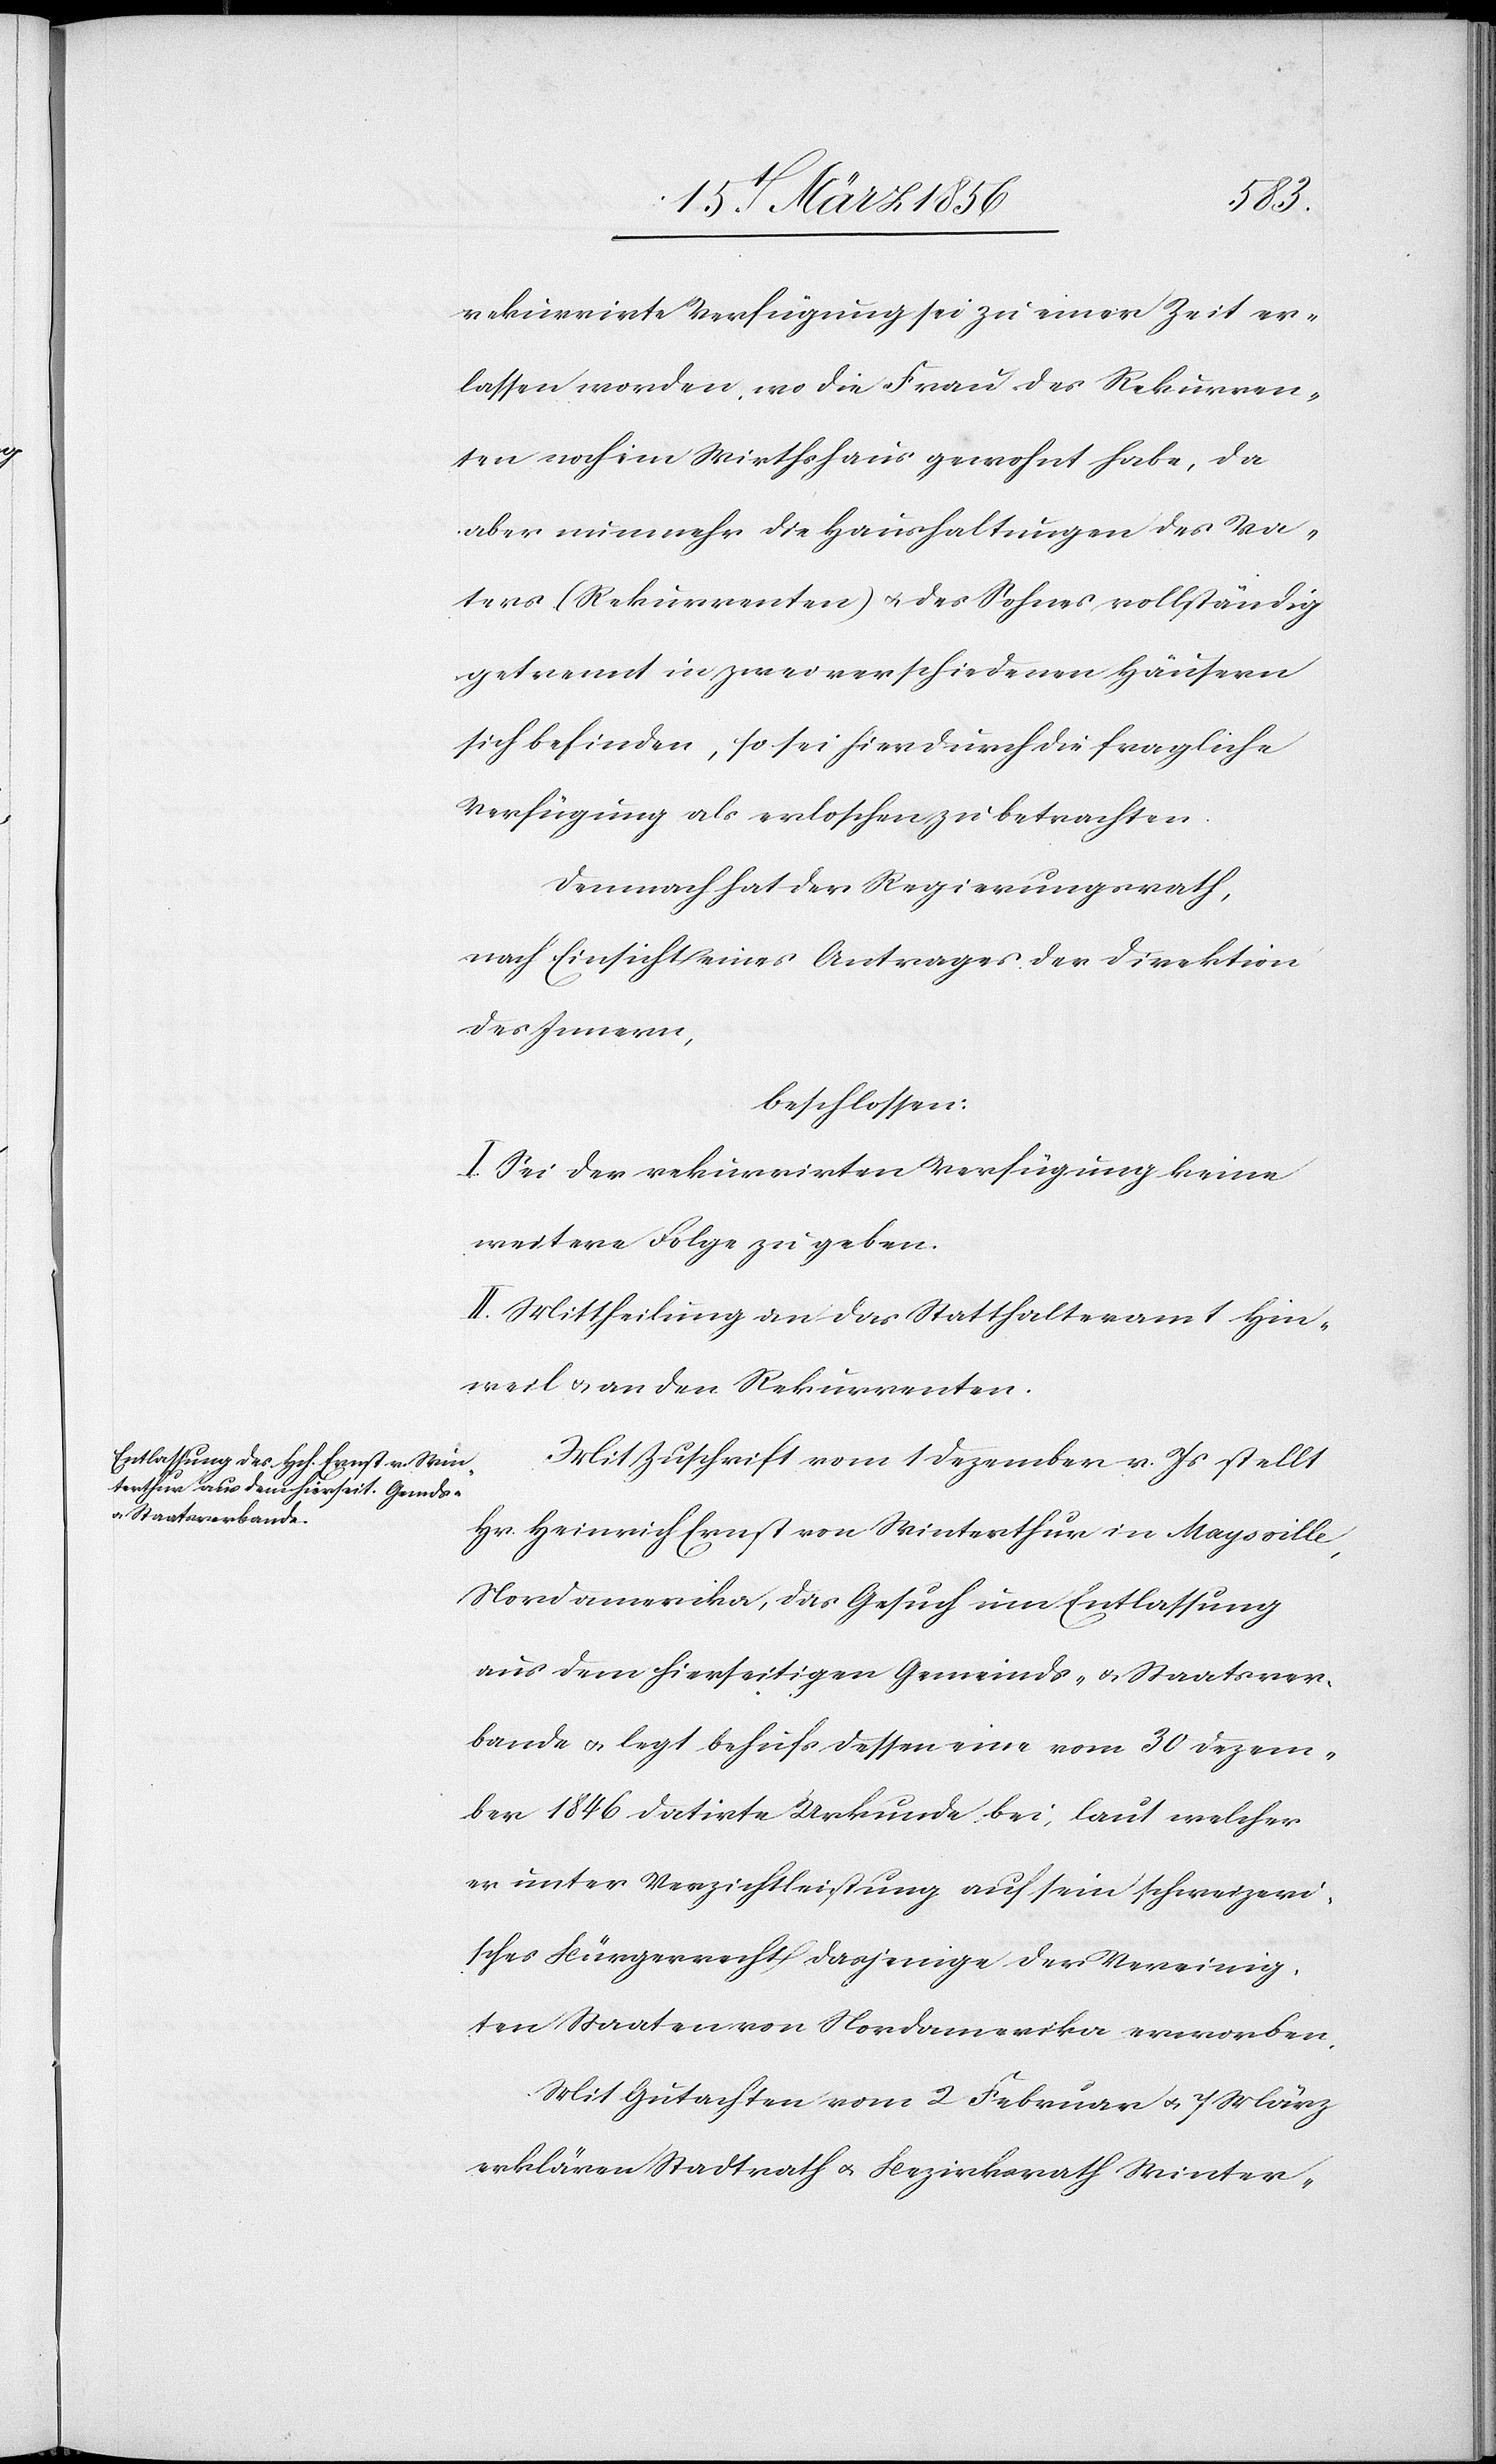
rekurrirte Verfügung sei zu einer Zeit er¬
lassen worden, wo die Frau des Rekurren¬
ten noch im Wirthshaus gewohnt habe, da
aber nunmehr die Haushaltungen des Va¬
ters (Rekurrenten) u. des Sohnes vollständig
getrennt in zwei verschiedenen Häusern
sich befinden, so sei hierdurch die fragliche
Verfügung als erloschen zu betrachten.
Demnach hat der Regierungsrath,
nach Einsicht eines Antrages der Direktion
des Innern,
beschlossen:
I. Sei der rekurrirten Verfügung keine
weitere Folge zu geben.
II. Mittheilung an das Statthalteramt Hin¬
weil & an den Rekurrenten.
Mit Zuschrift vom 1 Dezember v. Js stellt
Hr. Heinrich Ernst von Winterthur in Maysville,
Nordamerika, das Gesuch um Entlassung
aus dem hierseitigen Gemeinds- & Staatsver¬
bande u. legt behufs dessen eine vom 30 Dezem¬
ber 1846 datirte Urkunde bei, laut welcher
er unter Verzichtleistung auf sein schweizeri¬
sches Bürgerrecht dasjenige der Vereinig¬
ten Staaten von Nordamerika erworben.
Mit Gutachten vom 2 Februar u. 7 März
erklären Stadtrath u. Bezirksrath Winter-